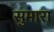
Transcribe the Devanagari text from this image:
सुमारा